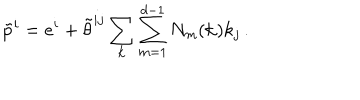
LaTeX: \tilde { p } ^ { i } = e ^ { i } + \tilde { \theta } ^ { i j } \sum _ { \bf k } \sum _ { m = 1 } ^ { d - 1 } N _ { m } ( { \bf k } ) k _ { j } \, .